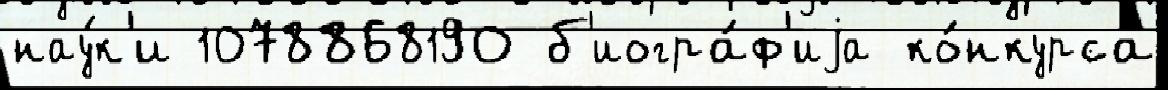
нау́к'и 1078868190 б'иогра́ф'иjа ко́нкурса